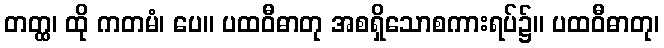
တတ္ထ၊ ထို ကတမံ၊ ပေ။ ပထဝီဓာတု အစရှိသောစကားရပ်၌။ ပထဝီဓာတု၊